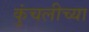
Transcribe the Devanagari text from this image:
कुंचलीच्या